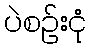
ပဲစဉ်းငုံ